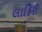
લાહિરી